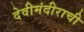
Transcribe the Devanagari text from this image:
देवीमंदीराची